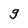
Character: g